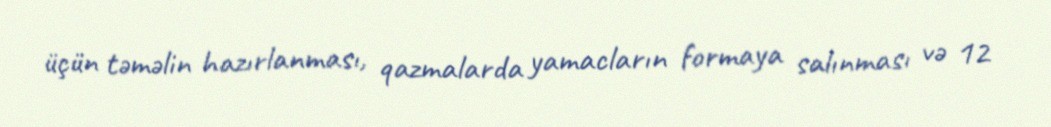
üçün təməlin hazırlanması, qazmalarda yamacların formaya salınması və 12